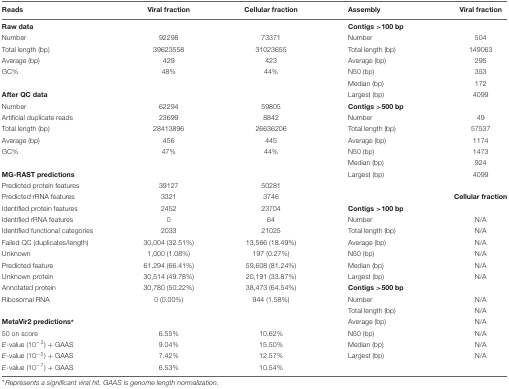
<table><thead><tr><td><b>Reads</b></td><td><b>Viral fraction</b></td><td><b>Cellular fraction</b></td><td><b>Assembly</b></td><td><b>Viral fraction</b></td></tr></thead><tbody><tr><td><b>Raw data</b></td><td></td><td></td><td><b>Contigs &gt;100 bp</b></td><td></td></tr><tr><td>Number</td><td>92298</td><td>73371</td><td>Number</td><td>504</td></tr><tr><td>Total length (bp)</td><td>39623558</td><td>31023655</td><td>Total length (bp)</td><td>149063</td></tr><tr><td>Average (bp)</td><td>429</td><td>423</td><td>Average (bp)</td><td>295</td></tr><tr><td>GC%</td><td>48%</td><td>44%</td><td>N50 (bp)</td><td>353</td></tr><tr><td></td><td></td><td></td><td>Median (bp)</td><td>172</td></tr><tr><td><b>After QC data</b></td><td></td><td></td><td>Largest (bp)</td><td>4099</td></tr><tr><td>Number</td><td>62294</td><td>59805</td><td><b>Contigs &gt;500 bp</b></td><td></td></tr><tr><td>Artificial duplicate reads</td><td>23699</td><td>8842</td><td>Number</td><td>49</td></tr><tr><td>Total length (bp)</td><td>28413896</td><td>26636206</td><td>Total length (bp)</td><td>57537</td></tr><tr><td>Average (bp)</td><td>456</td><td>445</td><td>Average (bp)</td><td>1174</td></tr><tr><td>GC%</td><td>47%</td><td>44%</td><td>N50 (bp)</td><td>1473</td></tr><tr><td></td><td></td><td></td><td>Median (bp)</td><td>924</td></tr><tr><td><b>MG-RAST predictions</b></td><td></td><td></td><td>Largest (bp)</td><td>4099</td></tr><tr><td>Predicted protein features</td><td>39127</td><td>50281</td><td></td><td></td></tr><tr><td>Predicted rRNA features</td><td>3321</td><td>3746</td><td></td><td><b>Cellular fraction</b></td></tr><tr><td>Identified protein features</td><td>2452</td><td>23704</td><td><b>Contigs &gt;100 bp</b></td><td></td></tr><tr><td>Identified rRNA features</td><td>0</td><td>64</td><td>Number</td><td>N/A</td></tr><tr><td>Identified functional categories</td><td>2033</td><td>21025</td><td>Total length (bp)</td><td>N/A</td></tr><tr><td>Failed QC (duplicates/length)</td><td>30,004 (32.51%)</td><td>13,566 (18.49%)</td><td>Average (bp)</td><td>N/A</td></tr><tr><td>Unknown</td><td>1,000 (1.08%)</td><td>197 (0.27%)</td><td>N50 (bp)</td><td>N/A</td></tr><tr><td>Predicted feature</td><td>61,294 (66.41%)</td><td>59,608 (81.24%)</td><td>Median (bp)</td><td>N/A</td></tr><tr><td>Unknown protein</td><td>30,514 (49.78%)</td><td>20,191 (33.87%)</td><td>Largest (bp)</td><td>N/A</td></tr><tr><td>Annotated protein</td><td>30,780 (50.22%)</td><td>38,473 (64.54%)</td><td><b>Contigs &gt;500 bp</b></td><td></td></tr><tr><td>Ribosomal RNA</td><td>0 (0.00%)</td><td>944 (1.58%)</td><td>Number</td><td>N/A</td></tr><tr><td></td><td></td><td></td><td>Total length (bp)</td><td>N/A</td></tr><tr><td><b>MetaVir2 predictions<sup>∗</sup></b></td><td></td><td></td><td>Average (bp)</td><td>N/A</td></tr><tr><td>50 on score</td><td>6.55%</td><td>10.62%</td><td>N50 (bp)</td><td>N/A</td></tr><tr><td><i>E</i>-value (10<sup>-3</sup>) + GAAS</td><td>9.04%</td><td>15.50%</td><td>Median (bp)</td><td>N/A</td></tr><tr><td><i>E</i>-value (10<sup>-5</sup>) + GAAS</td><td>7.42%</td><td>12.57%</td><td>Largest (bp)</td><td>N/A</td></tr><tr><td><i>E</i>-value (10<sup>-7</sup>) + GAAS</td><td>6.53%</td><td>10.54%</td><td></td><td></td></tr></tbody></table>